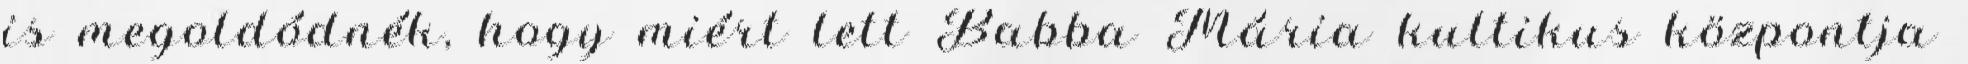
is megoldódnék, hogy miért lett Babba Mária kultikus központja